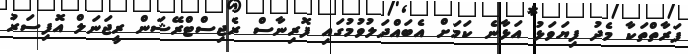
ފަރާތްތަކާ މެދު ފިޔަވަޅު އަޅާނެ ކަމަށް އެބައްދަލުވުމުގައި ފޮރިނާސް ރެޖިސްޓްރޭޝަން ރީޖަނަލް އޮފިސަރު